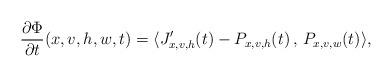
LaTeX: \begin{align*}\frac{\partial\Phi}{\partial t }(x,v,h,w,t)=\langle J_{x,v,h}'(t)- P_{x,v,h}(t) \, , \, P_{x,v,w}(t) \rangle,\end{align*}